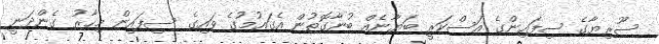
ސޫރިޔާގެ ސިފައިންގެ އަސްކަރީ ބަޔާނެއް ބުނާގޮތުން އެގައުމުގެ ވައިގެ ސިފައިން މިހާރު ގެންދަނީ